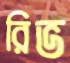
রিভ